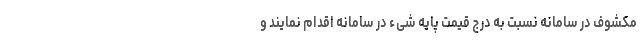
مکشوف در سامانه نسبت به درج قیمت پایه شیء در سامانه اقدام نمایند و